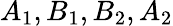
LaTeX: A_{1},B_{1},B_{2},A_{2}